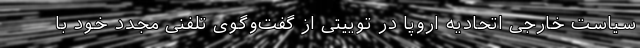
سیاست خارجی اتحادیه اروپا در توییتی از گفت‌وگوی تلفنی مجدد خود با